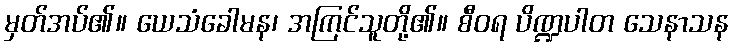
မှတ်အပ်၏။ ယေသံခေါမန၊ အကြင်သူတို့၏။ စီဝရ ပိဏ္ဍပါတ သေနာသန